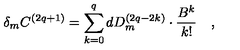
\delta _ { m } C ^ { \left( 2 q + 1 \right) } = \sum _ { k = 0 } ^ { q } d D _ { m } ^ { \left( 2 q - 2 k \right) } \cdot \frac { B ^ { k } } { k ! } \quad ,